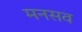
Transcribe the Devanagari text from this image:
मनसव